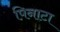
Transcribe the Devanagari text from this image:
पिनाटा